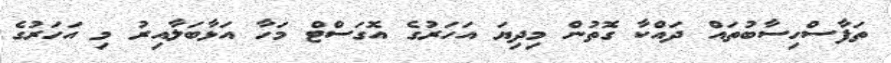
ތަފާސްހިސާބުތައް ދައްކާ ގޮތުން މިދިޔަ އަހަރުގެ އޮގަސްޓް މަހާ އަޅާބަލާއިރު މި އަހަރުގެ